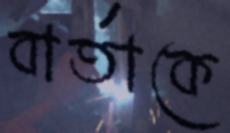
বার্তাকে